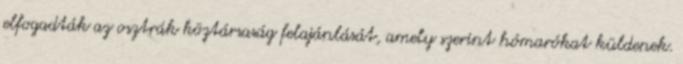
elfogadták az osztrák köztársaság felajánlását, amely szerint hómarókat küldenek.